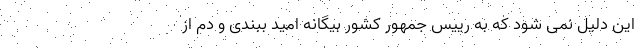
این دلیل نمی شود که به رییس جمهور کشور بیگانه امید ببندی و دم از